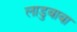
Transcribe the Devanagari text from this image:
लाडुबाबा